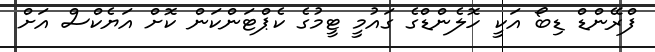
ފްރޭންޑް ޑިބޯ އަކީ ހޮލެންޑްގެ ގައުމީ ޓީމުގެ ކެޕްޓަންކަން ކޮށް އަޔެކްސް އަށް